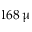
1 6 8 \, \upmu